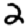
Digit: 2